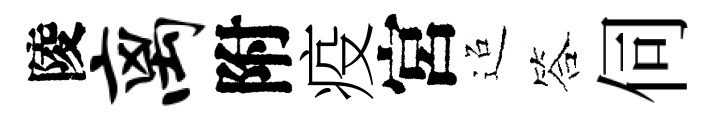
陵离附疫宮迢答伺